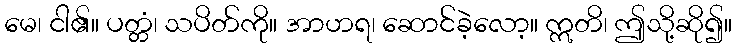
မေ၊ ငါ၏။ ပတ္တံ၊ သပိတ်ကို။ အာဟရ၊ ဆောင်ခဲ့လော့။ ဣတိ၊ ဤသို့ဆို၍။